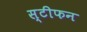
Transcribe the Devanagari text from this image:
स्टीफन